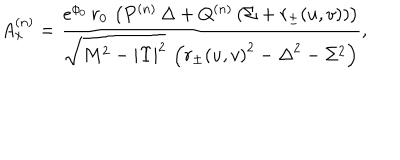
A _ { x } ^ { ( n ) } = { \frac { e ^ { { \phi _ { 0 } } } \, r _ { 0 } \, \left( { P ^ { ( n ) } } \, { \Delta } + { Q ^ { ( n ) } } \, ( \Sigma + r _ { \pm } ( u , v ) ) \right) } { { \sqrt { { M ^ { 2 } } - { | \Upsilon | ^ { 2 } } } } \, \left( { { r _ { \pm } ( u , v ) } ^ { 2 } } - { { { \Delta } } ^ { 2 } } - { \Sigma ^ { 2 } } \right) } } ,